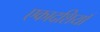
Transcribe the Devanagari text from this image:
एकादशियाँ